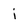
Character: i